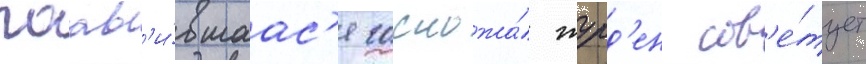
поав'и́вшаас'я госпожа́ журд'ен сов'е́тует